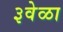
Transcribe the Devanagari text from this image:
३वेळा